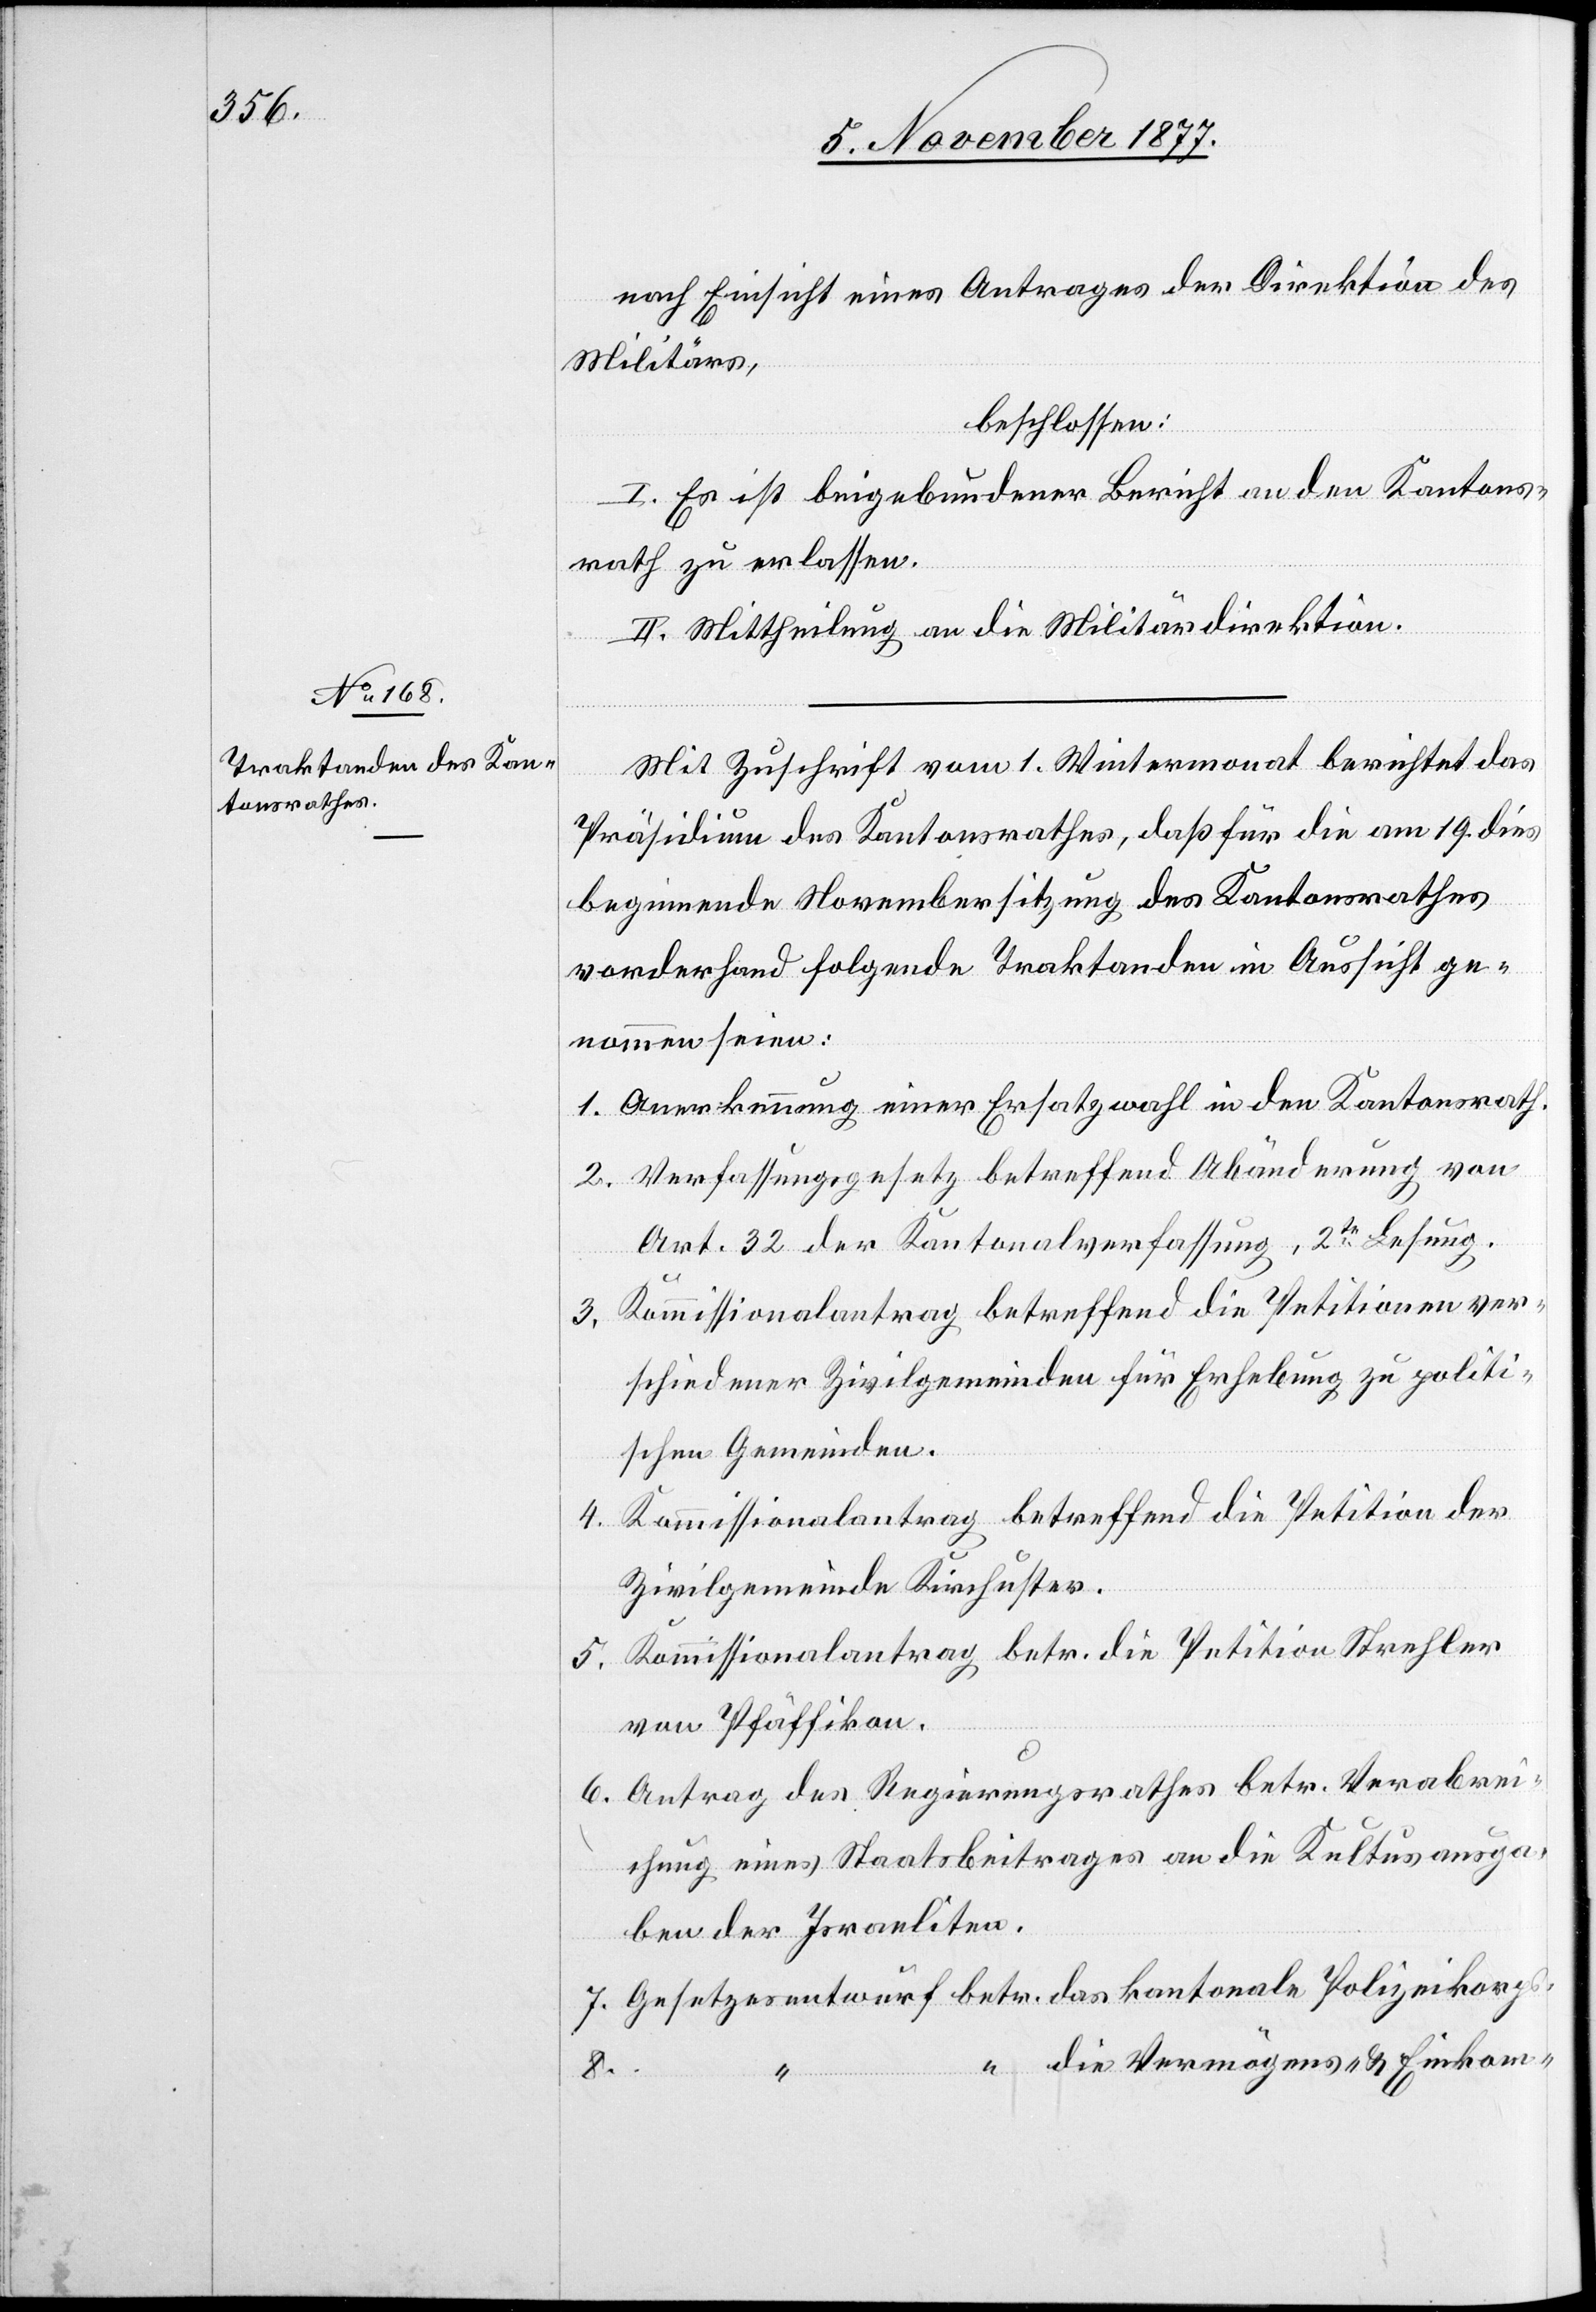
nach Einsicht eines Antrages der Direktion des
Militärs,
beschlossen:
I. Es ist beigebundener Bericht an den Kantons¬
rath zu erlassen.
II. Mittheilung an die Militärdirektion.
Mit Zuschrift vom 1. Wintermonat berichtet das
Präsidium des Kantonsrathes, daß für die am 19. dies
beginnende Novembersitzung des Kantonsrathes
vorderhand folgende Traktanden in Aussicht ge¬
nommen seien:
Anerkennung einer Ersatzwahl in den Kantonsrath.
Verfassungsgesetz betreffend Abänderung von
Art. 32 der Kantonalverfassung, 2te Lesung.
Kommissionalantrag betreffend die Petitionen ver¬
schiedener Zivilgemeinden für Erhebung zu politi¬
s.
schen Gemeinden.
Kommissionalantrag betreffend die Petition der
Zivilgemeinde Kirchuster.
Kommissionalantrag betr. die Petition Strehler
von Pfäffikon.
Antrag des Regierungsrathes betr. Verabrei¬
chung eines Staatsbeitrages an die Kultusausga¬
ben der Israeliten.
Gesetzesentwurf betr. das kantonale Polizeikorp¬
“ die Vermögens- & Einkom-
8.
“